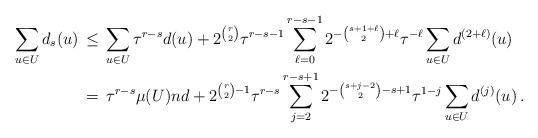
LaTeX: \begin{align*}\sum_{u\in U}d_s(u)\,&\le\, \sum_{u\in U}\tau^{r-s}d(u)+ 2^{r\choose2}\tau^{r-s-1}\sum_{\ell=0}^{r-s-1} 2^{-{s+1+\ell\choose2}+\ell}\tau^{-\ell}\sum_{u\in U} d^{(2+\ell)}(u)\\&=\,\tau^{r-s}\mu(U)nd+2^{{r\choose2}-1}\tau^{r-s}\sum_{j=2}^{r-s+1} 2^{-{s+j-2\choose2}-s+1}\tau^{1-j}\sum_{u\in U} d^{(j)}(u)\,.\end{align*}